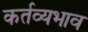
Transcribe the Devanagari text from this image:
कर्तव्यभाव